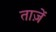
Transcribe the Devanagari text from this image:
ताज़ें